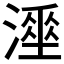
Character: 𰝇